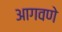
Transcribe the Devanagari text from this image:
आगवणे